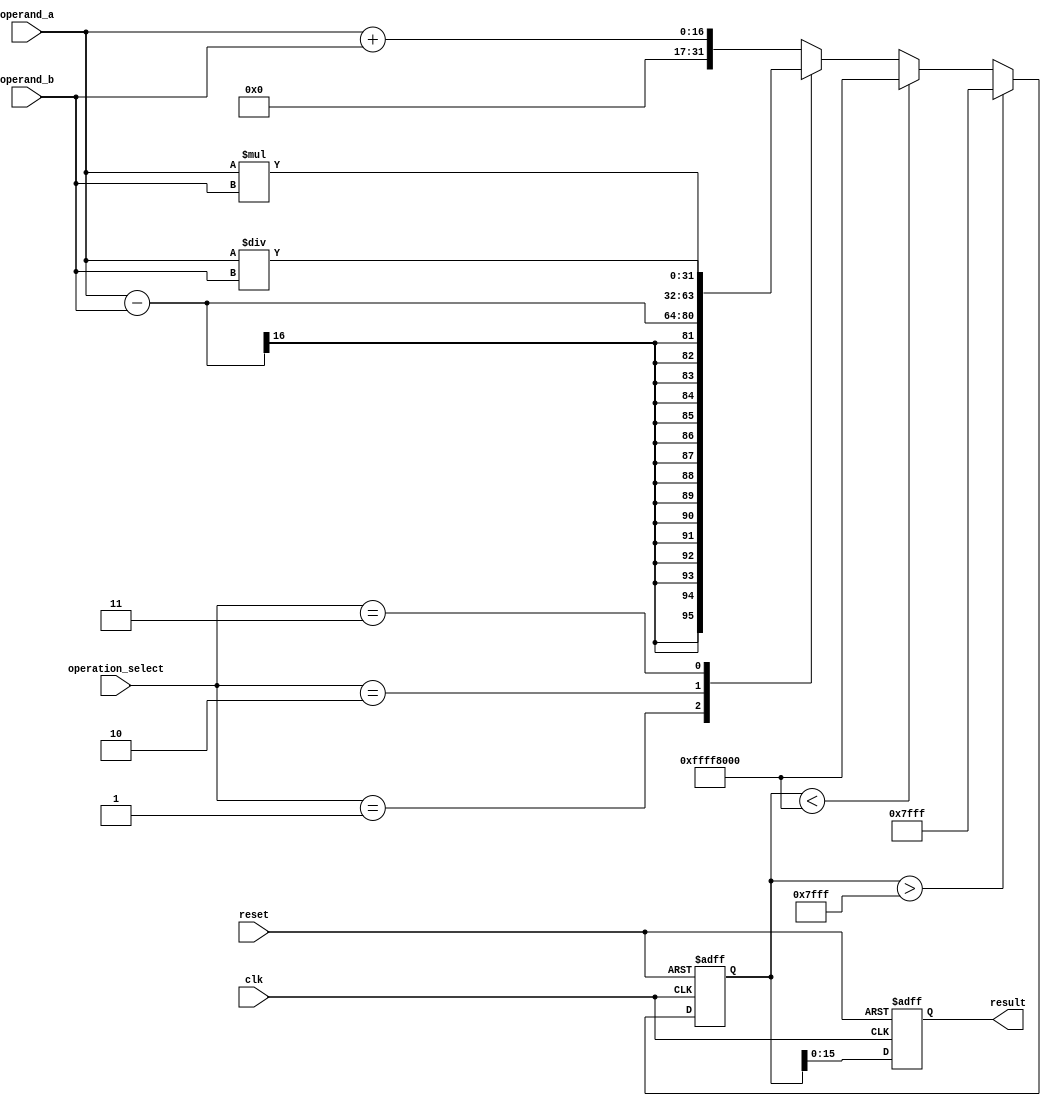
module arithmetic_blocks (
    input wire clk,
    input wire reset,
    input wire [3:0] operation_select,
    input wire [15:0] operand_a,
    input wire [15:0] operand_b,
    output reg [15:0] result
);

// Define the internal registers for storing intermediate results
reg [31:0] intermediate_result;

always @(posedge clk or posedge reset) begin
    if (reset) begin
        intermediate_result <= 0;
        result <= 0;
    end else begin
        // Perform arithmetic operations based on operation_select signal
        case (operation_select)
            4'b0000: // Addition
                intermediate_result <= operand_a + operand_b;
            4'b0001: // Subtraction
                intermediate_result <= operand_a - operand_b;
            4'b0010: // Multiplication
                intermediate_result <= operand_a * operand_b;
            4'b0011: // Division
                intermediate_result <= operand_a / operand_b;
            default: // Default to addition
                intermediate_result <= operand_a + operand_b;
        endcase
        
        // Handling overflow and underflow conditions
        if (intermediate_result > 16'd32767) begin
            intermediate_result <= 16'd32767; // Max value
        end else if (intermediate_result < -16'd32768) begin
            intermediate_result <= -16'd32768; // Min value
        end
        
        result <= intermediate_result[15:0]; // Output the final result
    end
end

endmodule